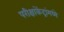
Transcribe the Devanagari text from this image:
परीक्षाकेंद्रांमध्ये